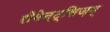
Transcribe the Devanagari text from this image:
रोमेन्ट्सिज़म्